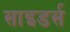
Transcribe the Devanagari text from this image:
साइडर्स